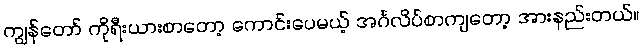
ကျွန်တော် ကိုရီးယားစာတော့ ကောင်းပေမယ့် အင်္ဂလိပ်စာကျတော့ အားနည်းတယ်။